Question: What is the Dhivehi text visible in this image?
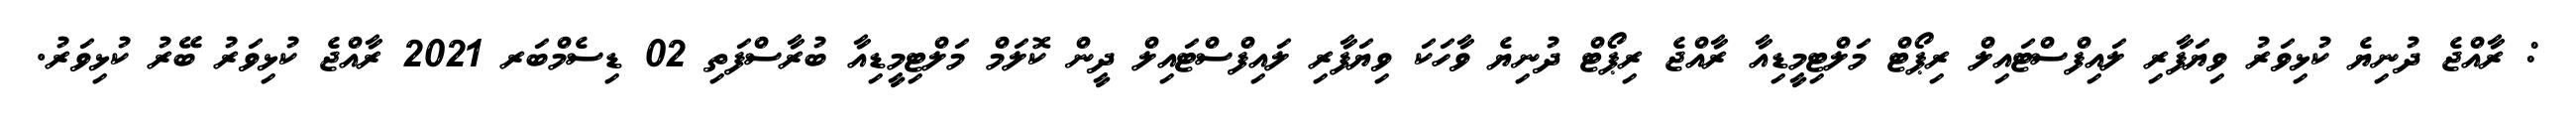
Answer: : ރާއްޖެ ދުނިޔެ ކުޅިވަރު ވިޔަފާރި ލައިފްސްޓައިލް ރިޕޯޓް މަލްޓިމީޑިއާ ރާއްޖެ ރިޕޯޓް ދުނިޔެ ވާހަކަ ވިޔަފާރި ލައިފްސްޓައިލް ދީން ކޮލަމް މަލްޓިމީޑިއާ ބުރާސްފަތި 02 ޑިސެމްބަރ 2021 ރާއްޖެ ކުޅިވަރު ބޭރު ކުޅިވަރު.